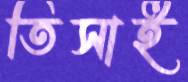
তিসাই